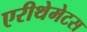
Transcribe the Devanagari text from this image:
एरीथेमेटस